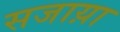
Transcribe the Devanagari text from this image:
सजाय़ा